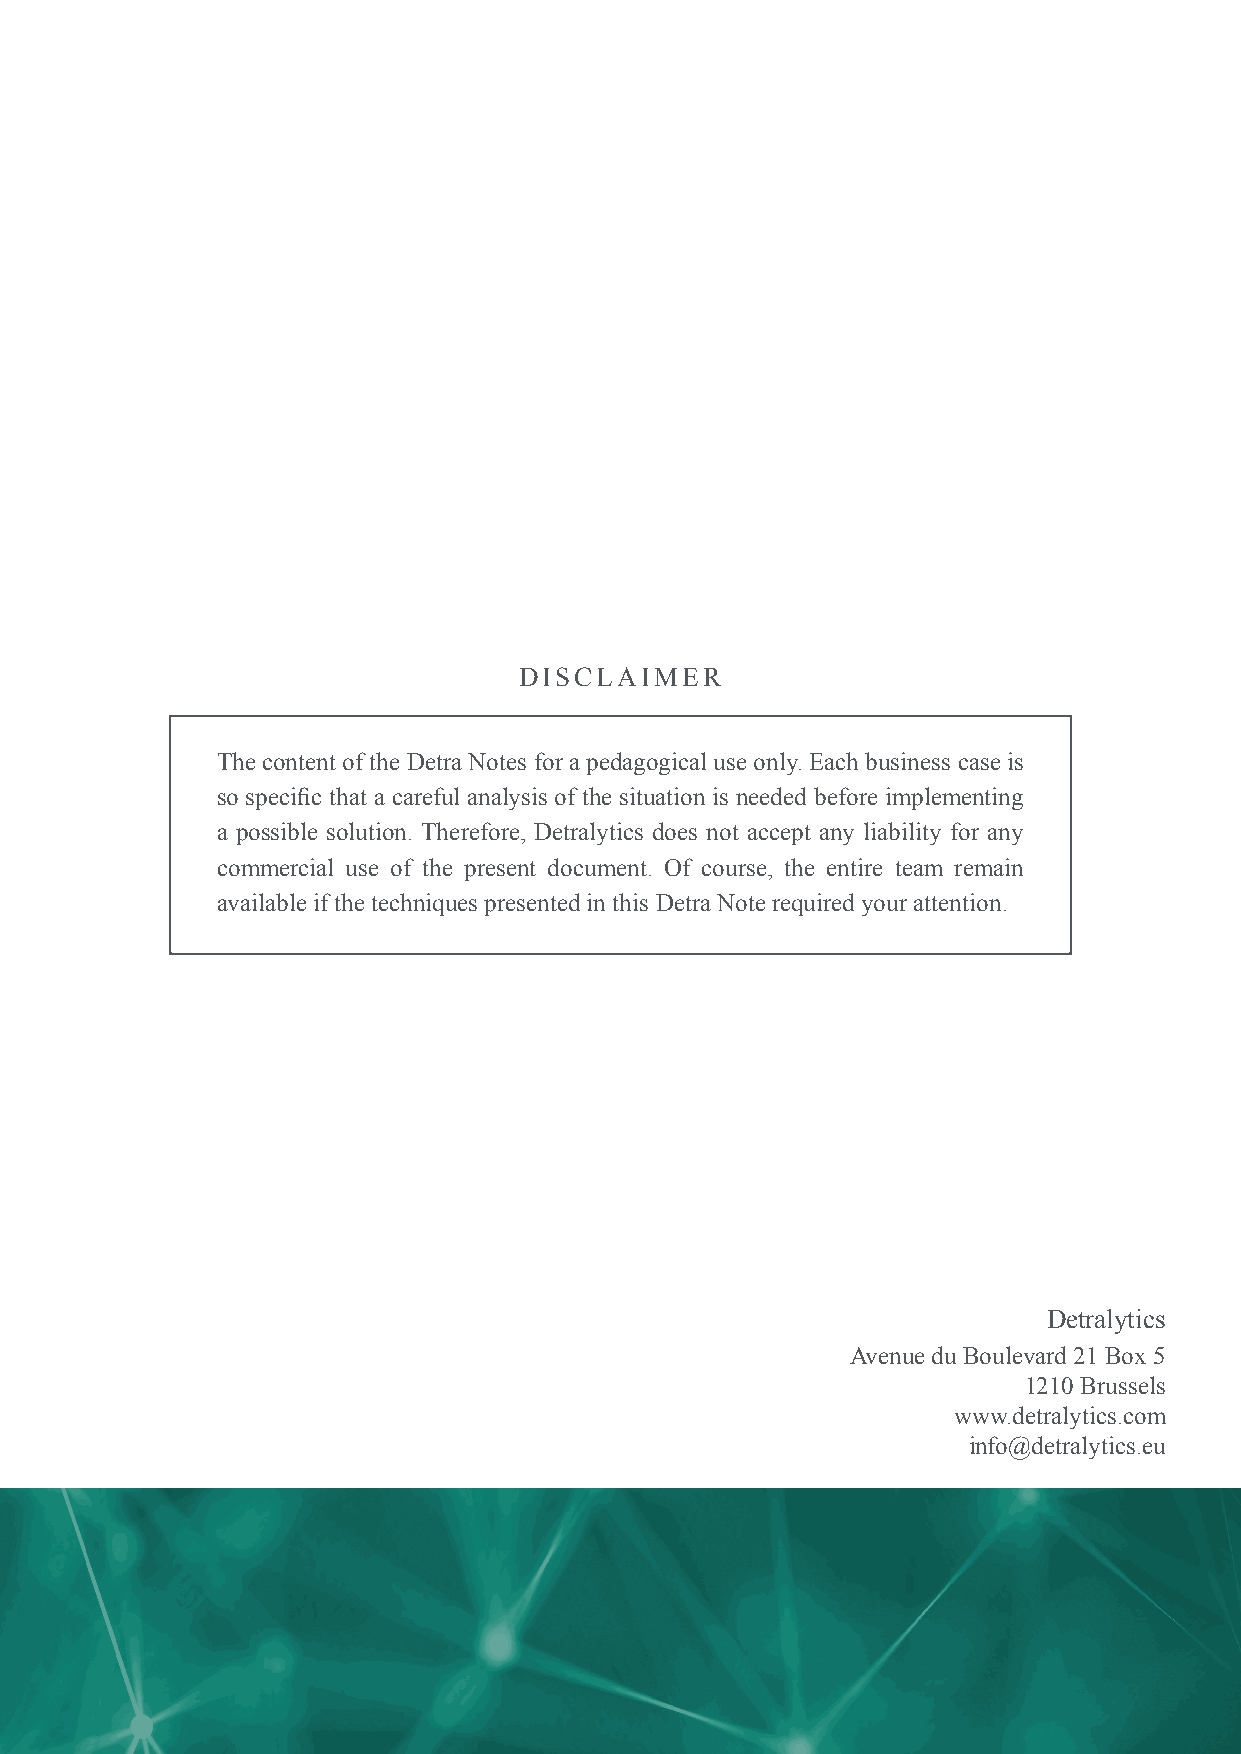
DISCLAIMER
 The content of the Detra Notes for a pedagogical use only. Each business case is
 so specific that a careful analysis of the situation is needed before implementing
 a possible solution. Therefore, Detralytics does not accept any liability for any
 commercial use of the present document. Of course, the entire team remain
 available if the techniques presented in this Detra Note required your attention.
 Detralytics
 Avenue du Boulevard 21 Box 5
 1210 Brussels
 www.detralytics.com
 info@detralytics.eu